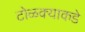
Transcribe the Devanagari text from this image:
टोळक्याकडे